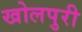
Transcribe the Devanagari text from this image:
खोलपुरी